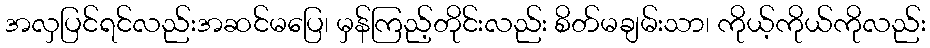
အလှပြင်ရင်လည်းအဆင်မပြေ၊ မှန်ကြည့်တိုင်းလည်း စိတ်မချမ်းသာ၊ ကိုယ့်ကိုယ်ကိုလည်း